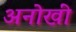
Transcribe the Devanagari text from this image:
अनोखीं